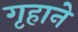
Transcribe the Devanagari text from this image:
गृहाने